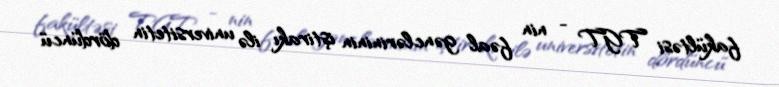
fakültəsi TGT - nin fəal gənclərininin iştirakı ilə universitetin dördüncü